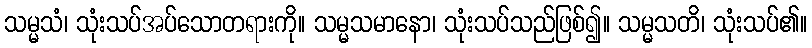
သမ္မသံ၊ သုံးသပ်အပ်သောတရားကို။ သမ္မသမာနော၊ သုံးသပ်သည်ဖြစ်၍။ သမ္မသတိ၊ သုံးသပ်၏။